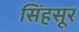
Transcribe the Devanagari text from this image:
सिंहसूर